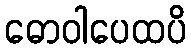
ဓောဝါပေထပိ